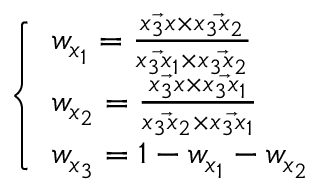
\left\{ \begin{array} { l l } { w _ { x _ { 1 } } = \frac { \Vec { x _ { 3 } x } \times \Vec { x _ { 3 } x _ { 2 } } } { \Vec { x _ { 3 } x _ { 1 } } \times \Vec { x _ { 3 } x _ { 2 } } } } \\ { w _ { x _ { 2 } } = \frac { \Vec { x _ { 3 } x } \times \Vec { x _ { 3 } x _ { 1 } } } { \Vec { x _ { 3 } x _ { 2 } } \times \Vec { x _ { 3 } x _ { 1 } } } } \\ { w _ { x _ { 3 } } = 1 - w _ { x _ { 1 } } - w _ { x _ { 2 } } } \end{array} \right.